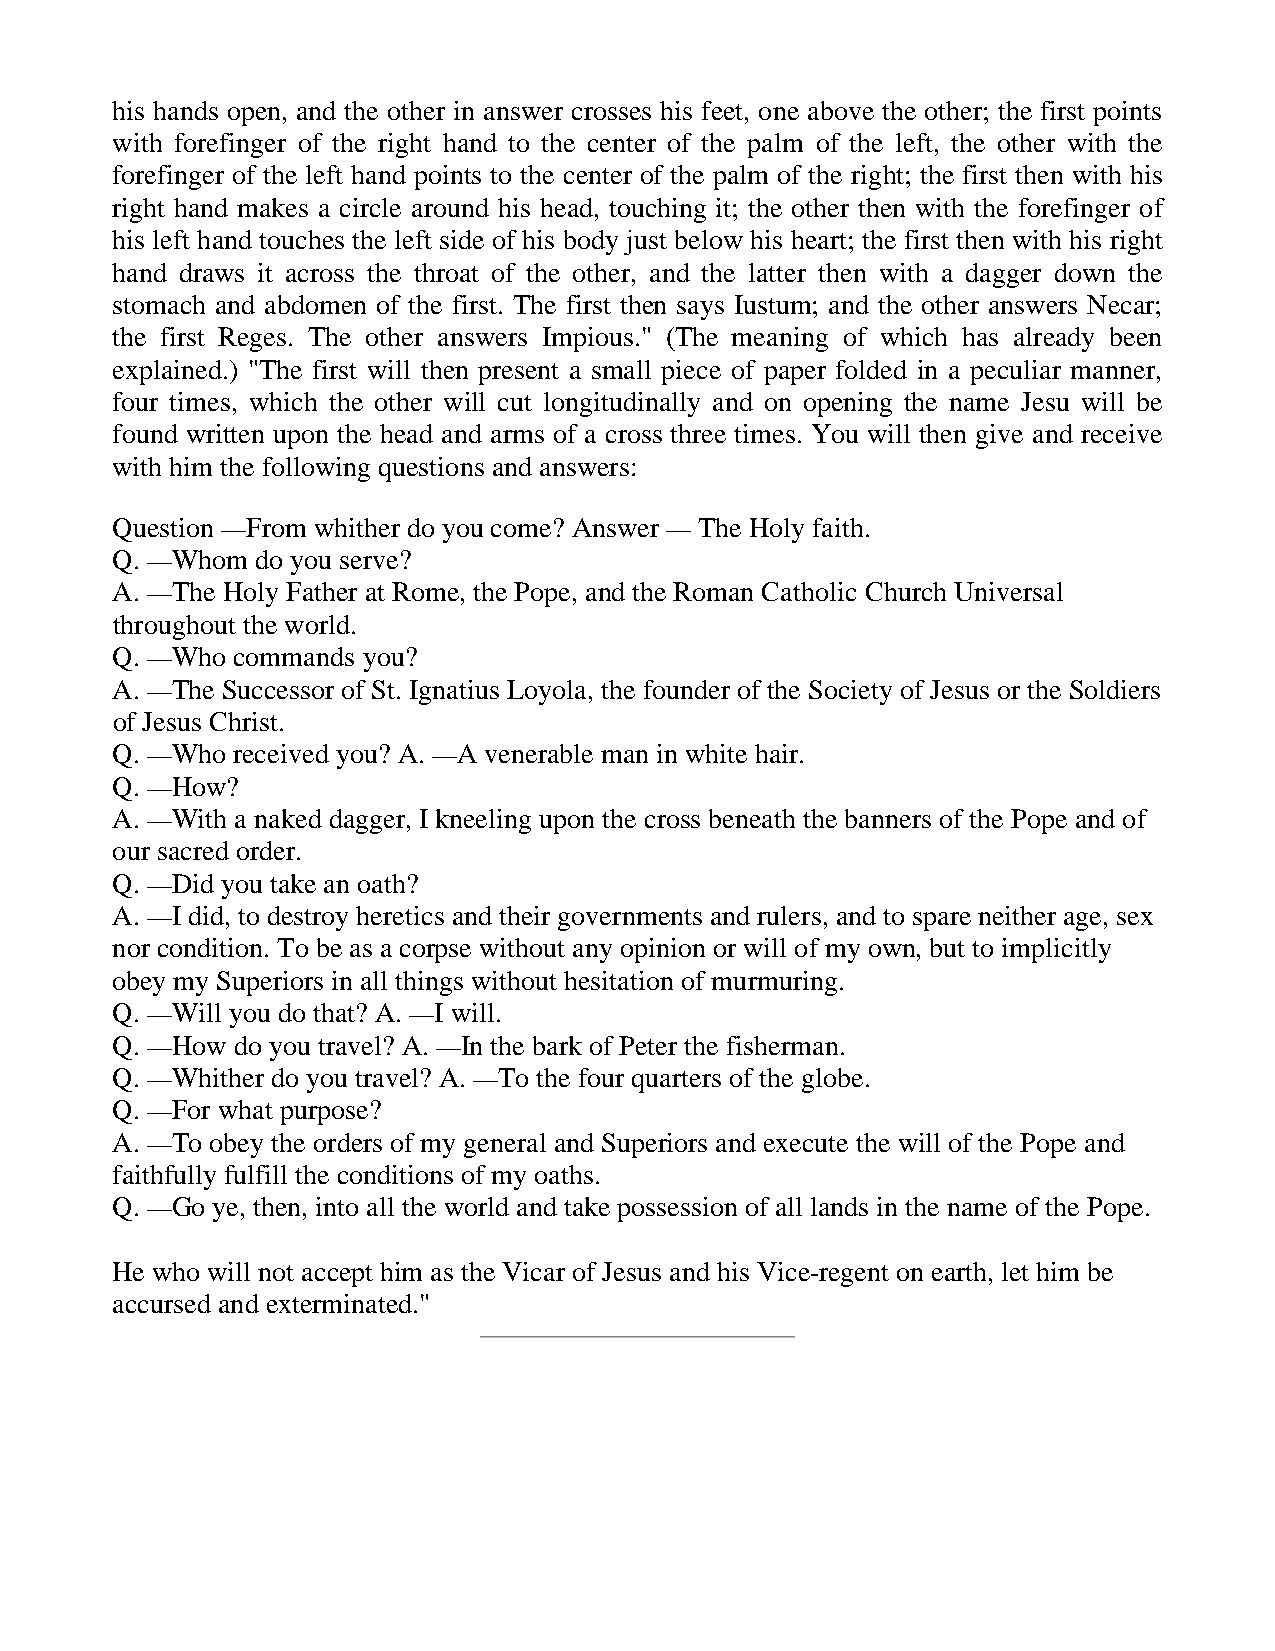
his hands open, and the other in answer crosses his feet, one above the other; the first points
 with forefinger of the right hand to the center of the palm of the left, the other with the
 forefinger of the left hand points to the center of the palm of the right; the first then with his
 right hand makes a circle around his head, touching it; the other then with the forefinger of
 his left hand touches the left side of his body just below his heart; the first then with his right
 hand draws it across the throat of the other, and the latter then with a dagger down the
 stomach and abdomen of the first. The first then says Iustum; and the other answers Necar;
 the first Reges. The other answers Impious." (The meaning of which has already been
 explained.) "The first will then present a small piece of paper folded in a peculiar manner,
 four times, which the other will cut longitudinally and on opening the name Jesu will be
 found written upon the head and arms of a cross three times. You will then give and receive
 with him the following questions and answers:
 Question —From whither do you come? Answer — The Holy faith.
 Q. —Whom  do you serve?
 A. —The Holy Father at Rome, the Pope, and the Roman Catholic Church Universal
 throughout the world.
 Q. —Who commands you?
 A. —The Successor of St. Ignatius Loyola, the founder of the Society of Jesus or the Soldiers
 of Jesus Christ.
 Q. —Who received you? A. —A venerable man in white hair.
 Q. —How?
 A. —With a naked dagger, I kneeling upon the cross beneath the banners of the Pope and of
 our sacred order.
 Q. —Did you take an oath?
 A. —I did, to destroy heretics and their governments and rulers, and to spare neither age, sex
 nor condition. To be as a corpse without any opinion or will of my own, but to implicitly
 obey my Superiors in all things without hesitation of murmuring.
 Q. —Will you do that? A. —I will.
 Q. —How do you travel? A. —In the bark of Peter the fisherman.
 Q. —Whither do you travel? A. —To the four quarters of the globe.
 Q. —For what purpose?
 A. —To obey the orders of my general and Superiors and execute the will of the Pope and
 faithfully fulfill the conditions of my oaths.
 Q. —Go ye, then, into all the world and take possession of all lands in the name of the Pope.
 He who will not accept him as the Vicar of Jesus and his Vice-regent on earth, let him be
 accursed and exterminated."